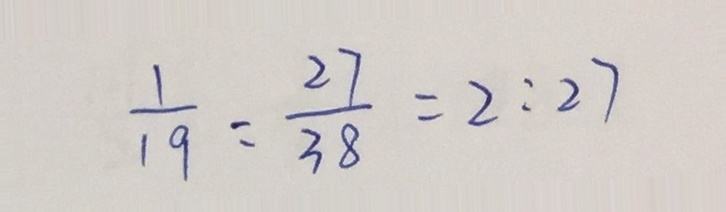
\frac { 1 } { 1 9 } : \frac { 2 7 } { 3 8 } = 2 : 2 7